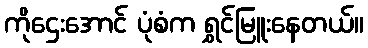
ကိုဌေးအောင် ပုံစံက ရွှင်မြူးနေတယ်။